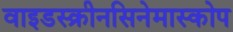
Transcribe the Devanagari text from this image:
वाइडस्क्रीनसिनेमास्कोप